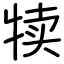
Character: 犊